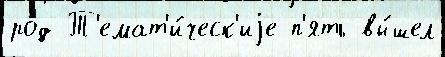
род Т'емат'и́ческ'иjе п'ять вы́шел